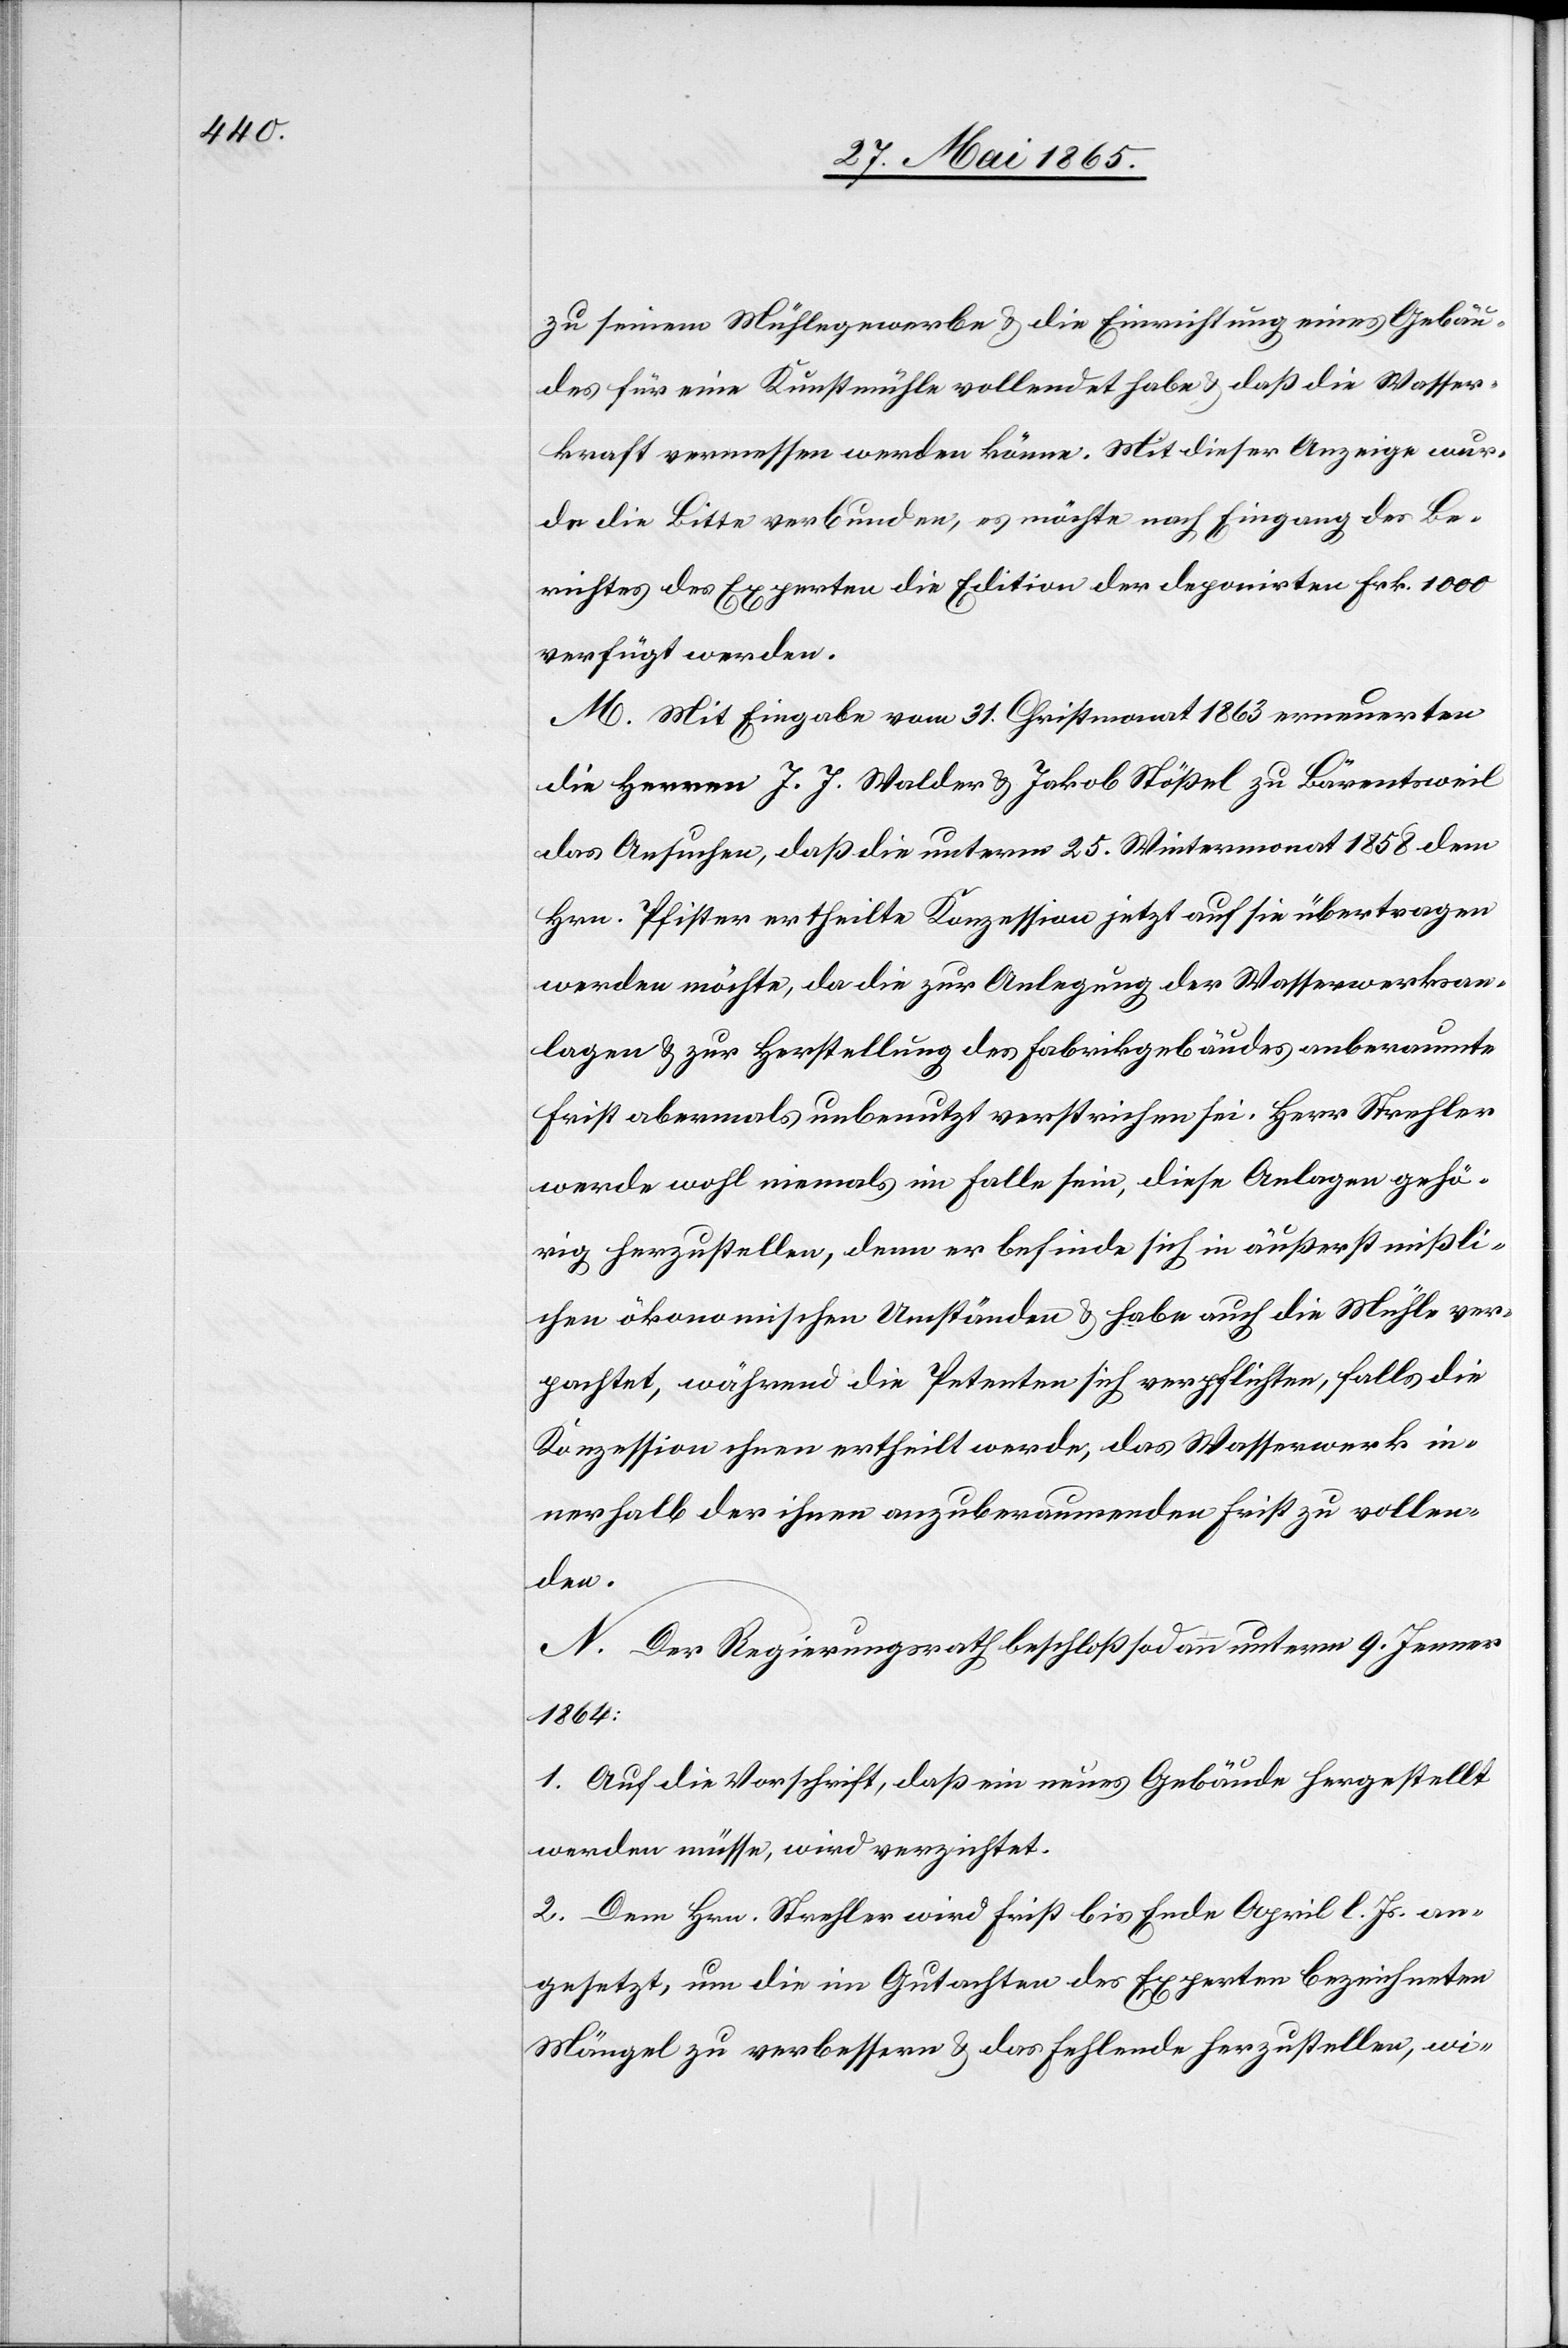
zu seinem Mühlegewerbe & die Einrichtung eines Gebäu¬
des für eine Kunstmühle vollendet habe & daß die Wasser¬
kraft vermessen werden könne. Mit dieser Anzeige wur¬
de die Bitte verbunden, es möchte nach Eingang des Be¬
richtes des Experten die Edition der deponirten Frk. 1000
verfügt werden.
M. Mit Eingabe vom 31. Christmonat 1863 erneuerten
die Herren J. J. Walder & Jakob Stößel zu Bärentsweil
das Ansuchen, daß die unterm 25. Wintermonat 1858 dem
Hrn. Pfister ertheilte Konzession jetzt auf sie übertragen
werden möchte, da die zur Anlegung der Wasserwerksan¬
lagen & zur Herstellung des Fabrikgebäudes anberaumte
Frist abermals unbenutzt verstrichen sei. Herr Strehler
werde wohl niemals im Falle sein, diese Anlagen gehö¬
rig herzustellen, denn er befinde sich in äußerst mißli¬
chen ökonomischen Umständen & habe auch die Mühle ver¬
pachtet, während die Petenten sich verpflichten, falls die
Konzession ihnen ertheilt werde, das Wasserwerk in¬
nerhalb der ihnen anzuberaumenden Frist zu vollen¬
den.
N. Der Regierungsrath beschloß sodann unterm 9. Jenner
1864:
1. Auf die Vorschrift, daß ein neues Gebäude hergestellt
werden müsse, wird verzichtet.
2. Dem Hrn. Strehler wird Frist bis Ende April l. Js. an¬
gesetzt, um die im Gutachten des Experten bezeichneten
Mängel zu verbessern & das fehlende herzustellen, wi-